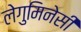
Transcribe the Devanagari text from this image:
लेगुमिनेसी